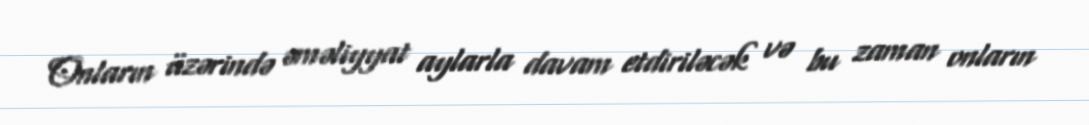
Onların üzərində əməliyyat aylarla davam etdiriləcək və bu zaman onların